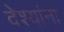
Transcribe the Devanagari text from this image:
देश्यांना